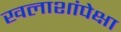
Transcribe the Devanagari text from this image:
खलाशांपेक्षा